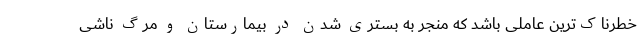
خطرناک‌ترین عاملی باشد که منجر به بستری شدن در بیمارستان و مرگ ناشی